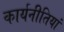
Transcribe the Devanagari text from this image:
कार्यनीतियां